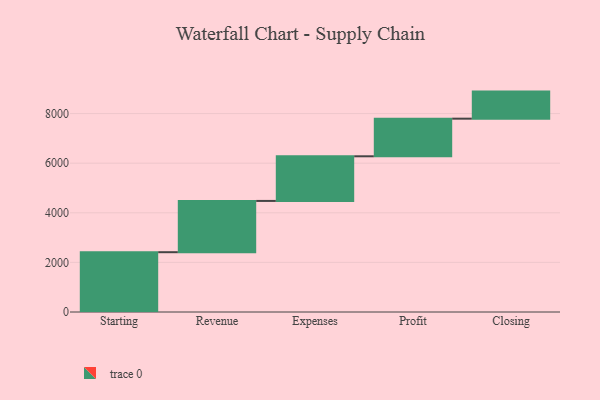
{"axis": {"x": "Step", "y": "Value"}, "legend": [""], "data": [{"x": "Starting", "y": 2411.0, "type": ""}, {"x": "Revenue", "y": 2067.0, "type": ""}, {"x": "Expenses", "y": 1800.0, "type": ""}, {"x": "Profit", "y": 1517.0, "type": ""}, {"x": "Closing", "y": 1091.0, "type": ""}]}